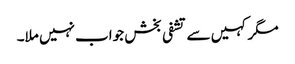
مگر کہیں سے تشفی بخش جواب نہیں ملا۔